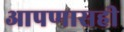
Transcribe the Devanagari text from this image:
आपणासही